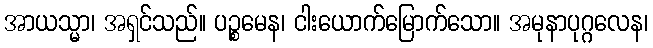
အာယသ္မာ၊ အရှင်သည်။ ပဉ္စမေန၊ ငါးယောက်မြောက်သော။ အမုနာပုဂ္ဂလေန၊